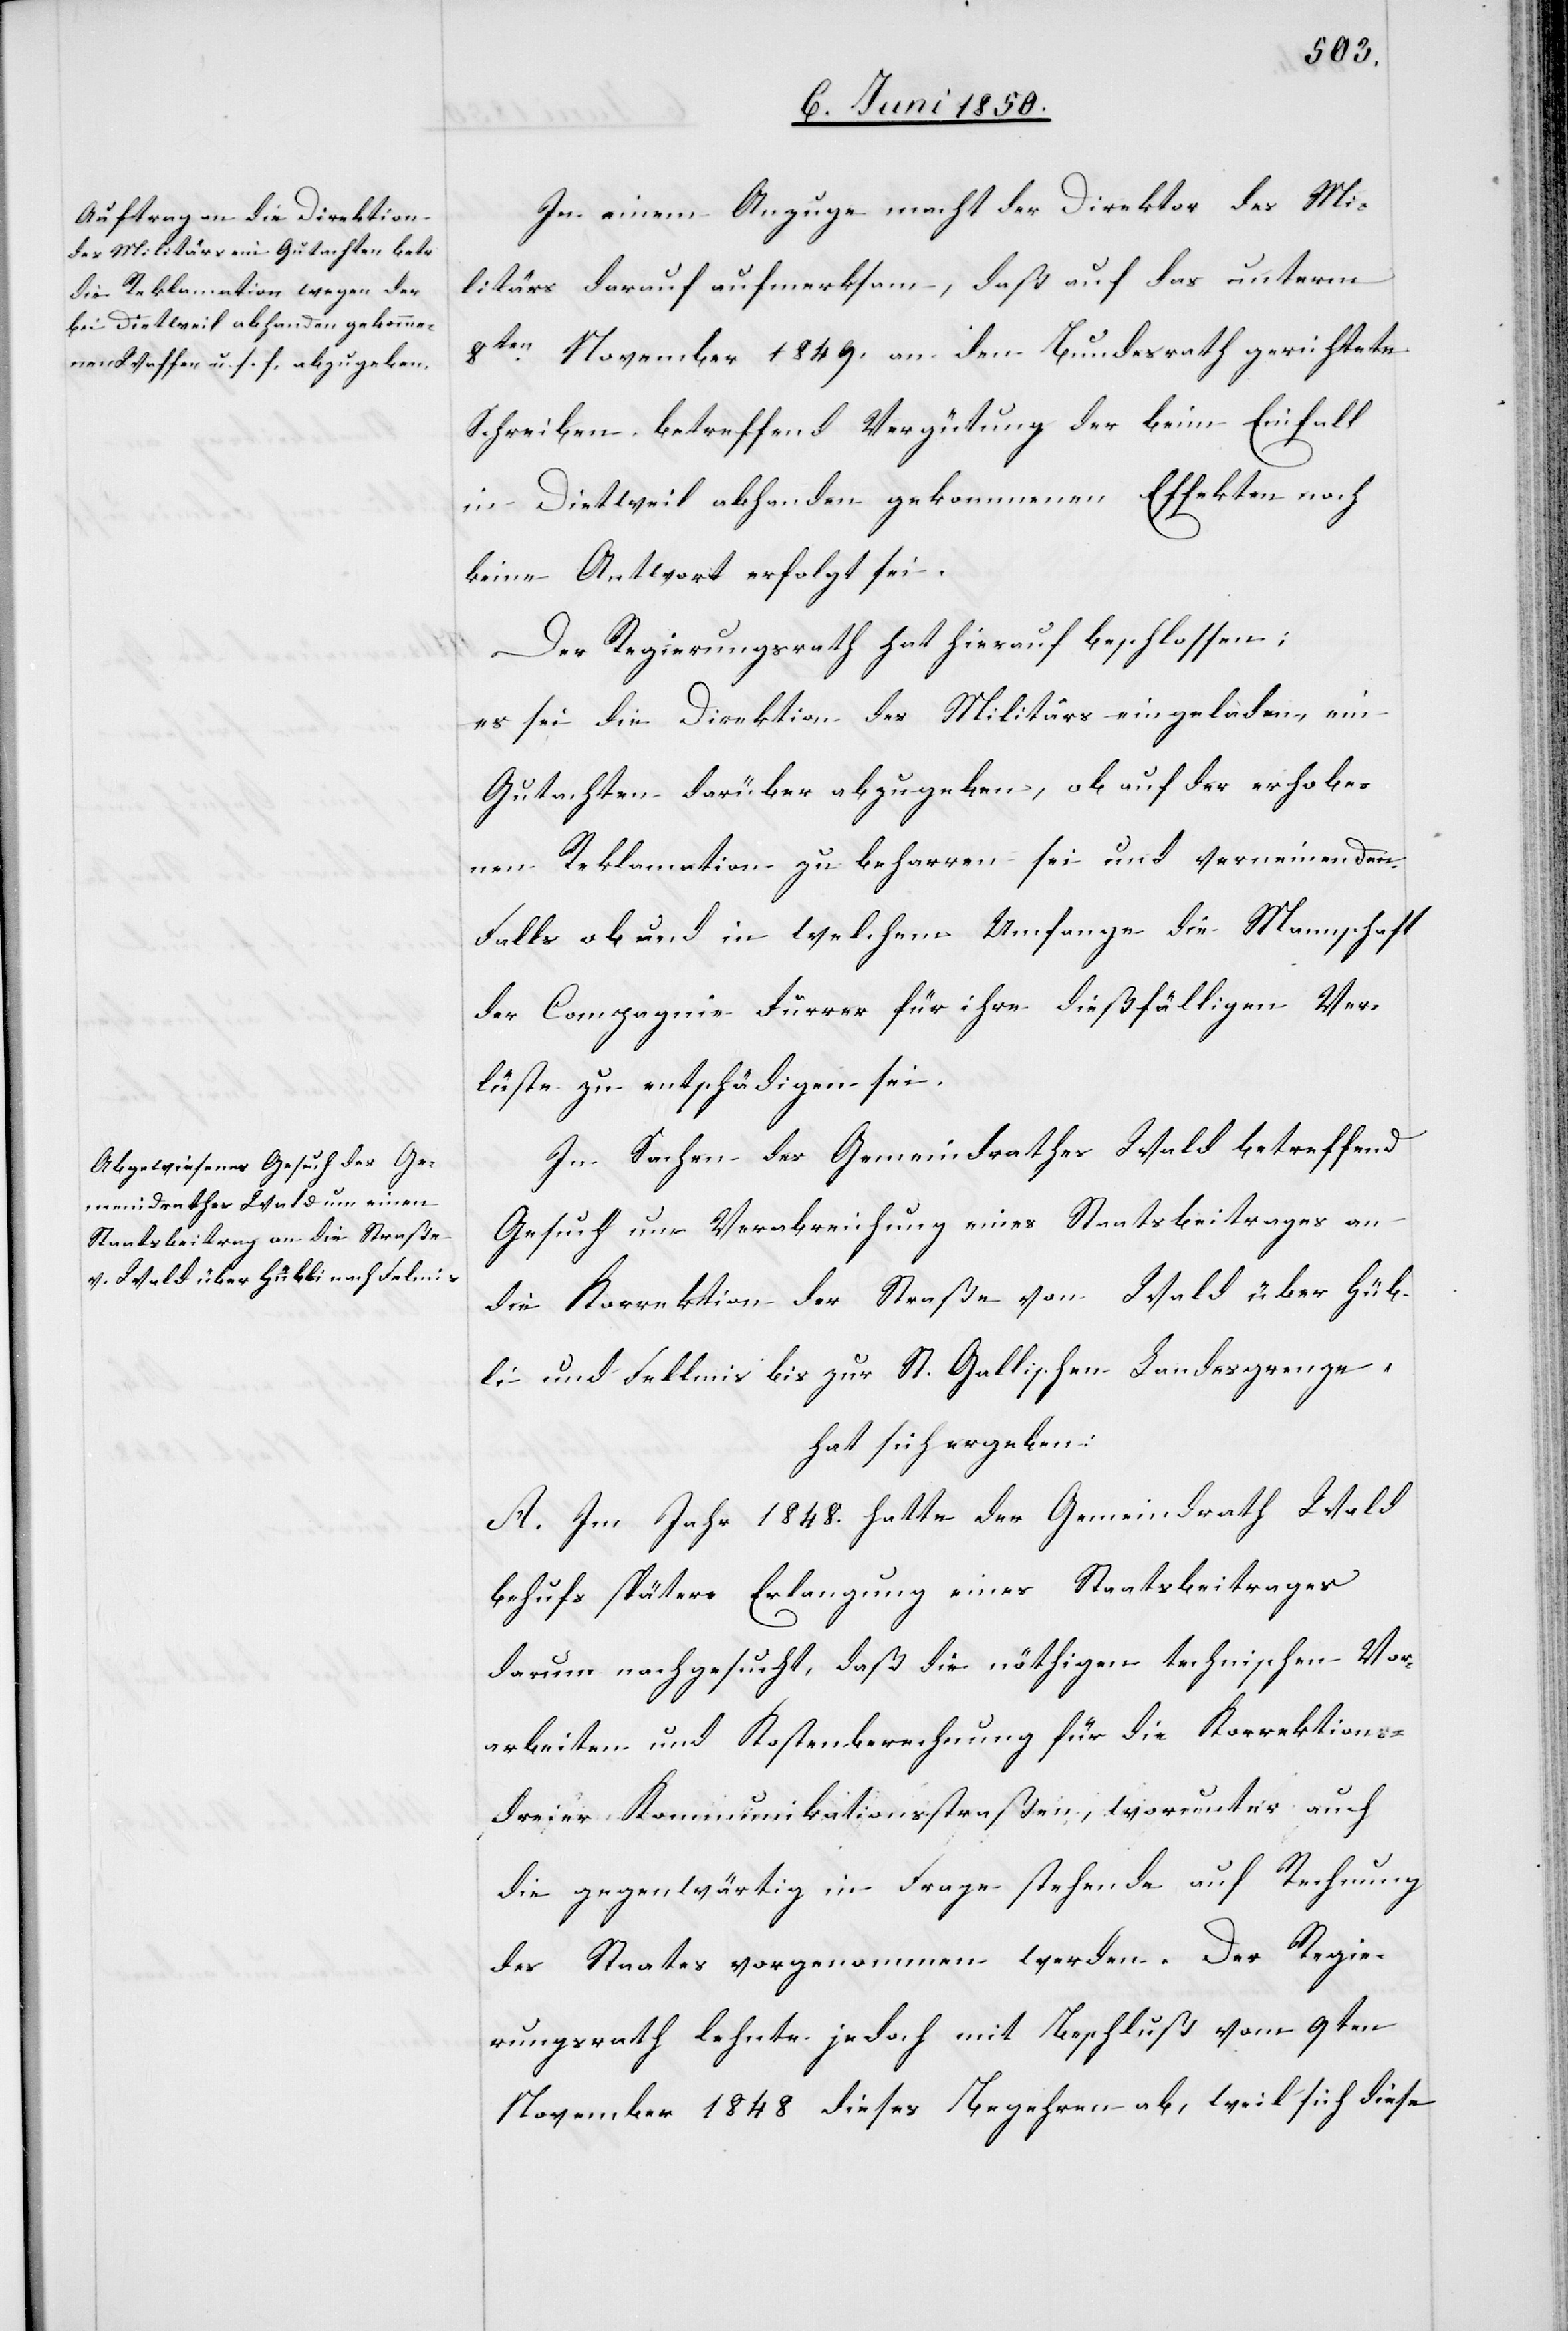
In einem Anzuge macht der Direktor des Mi¬
litärs darauf aufmerksam, daß auf das unterm
8ten November 1849. an den Bundesrath gerichtete
Schreiben betreffend Vergütung der beim Einfall
in Dietweil abhanden gekommenen Effekten noch
keine Antwort erfolgt sei.
Der Regierungsrath hat hierauf beschlossen:
es sei die Direktion des Militärs eingeladen ein
Gutachten darüber abzugeben, ob auf der erhobe¬
Reklamation zu beharren sei und verneinenden
nen
Falls ob und in welchem Umfange die Mannschaft
der Compagnie Furrer für ihre dießfälligen Ver¬
lüste zu entschädigen sei.
In Sachen des Gemeindrathes Wald betreffend
Gesuch um Verabreichung eines Staatsbeitrages an
die Korrektion der Straße von Wald über Hüb¬
li und Fellmis bis zur St. Gallischen Landesgrenze,
hat sich ergeben:
A. Im Jahr 1848. hatte der Gemeindrath Wald
behufs spätere Erlangung eines Staatsbeitrages
darum nachgesucht, daß die nöthigen technischen Vor¬
arbeiten und Kostenberechnung für die Korrektions-
dreier Kommunikationsstraßen, worunter auch
die gegenwärtig in Frage stehende auf Rechnung
des Staates vorgenommen werden. Der Regie¬
rungsrath lehnte jedoch mit Beschluß vom 9ten
November 1848 dieses Begehren ab, weil sich diese